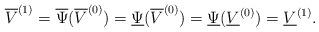
LaTeX: \begin{align*} \overline{V}^{(1)}=\overline{\Psi}(\overline{V}^{(0)})=\underline{\Psi}(\overline{V}^{(0)})=\underline{\Psi}(\underline{V}^{(0)})=\underline{V}^{(1)}. \end{align*}